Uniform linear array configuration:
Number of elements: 24
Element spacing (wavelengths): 1
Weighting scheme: cosine
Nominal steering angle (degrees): -60
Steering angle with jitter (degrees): -60.085
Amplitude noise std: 0.05
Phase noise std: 0.05

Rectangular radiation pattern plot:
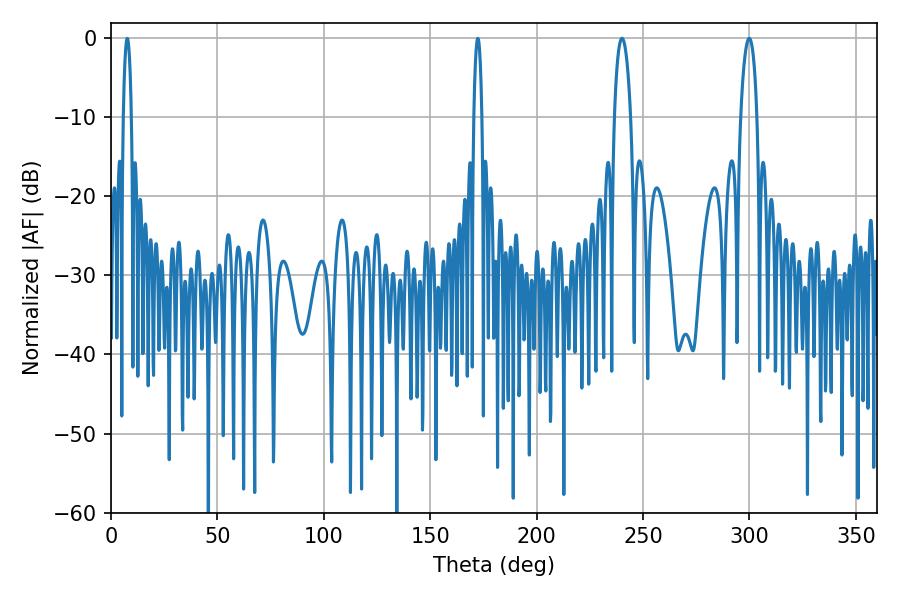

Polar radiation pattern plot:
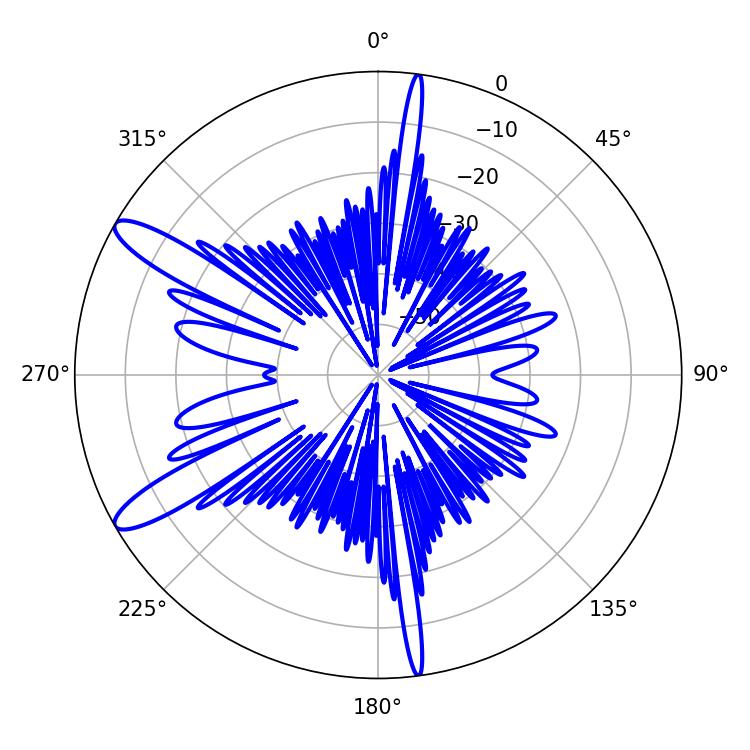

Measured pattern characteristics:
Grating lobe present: TRUE
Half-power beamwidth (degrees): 4.32
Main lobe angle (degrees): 299.88